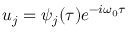
u _ { j } = \psi _ { j } ( \tau ) e ^ { - i \omega _ { 0 } \tau }